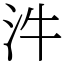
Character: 汼